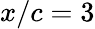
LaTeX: x/c=3